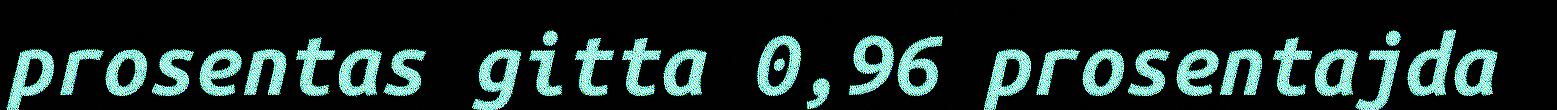
prosentas gitta 0,96 prosentajda